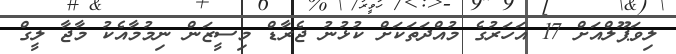
ލިވަޕޫލްއަށް 17 އަހަރުގެ މުއްދަތަކަށް ކުޅުނު ޖެރާޑް މިސީޒަން ނިމުމާއެކު މާޖާ ލީގް